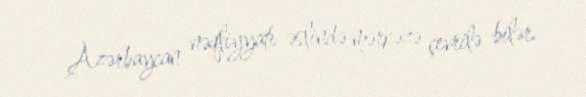
Azərbaycan nəqliyyatı əslində mərkəzə çevrilə bilər.